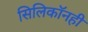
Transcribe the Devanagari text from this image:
सिलिकॉनही